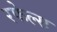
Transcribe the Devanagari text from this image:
रफेल्स